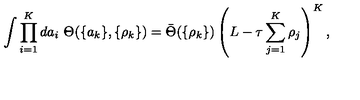
\int \prod _ { i = 1 } ^ { K } d a _ { i } \ \Theta ( \{ a _ { k } \} , \{ \rho _ { k } \} ) = \bar { \Theta } ( \{ \rho _ { k } \} ) \left( L - \tau \sum _ { j = 1 } ^ { K } \rho _ { j } \right) ^ { K } ,